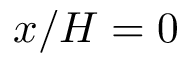
x / H = 0